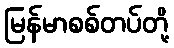
မြန်မာစစ်တပ်တို့